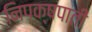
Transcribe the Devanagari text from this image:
निपक्षपाती